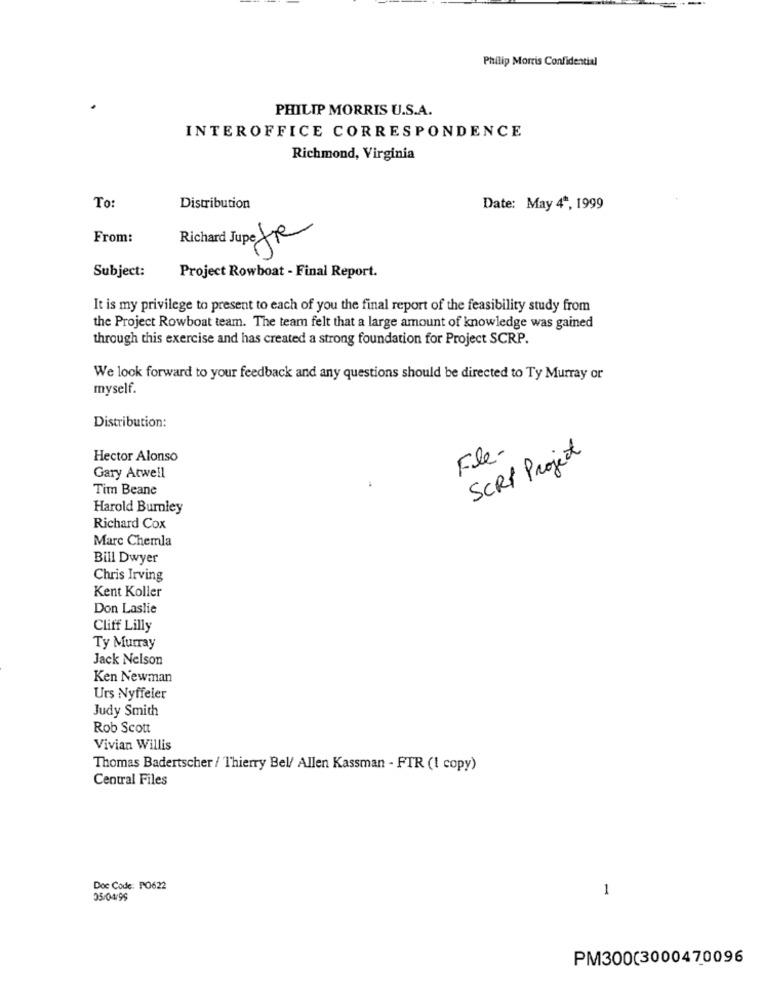
Philip Morris Confidential
PHILIP MORRIS U.S.A.
INTEROFFICE CORRESPONDENCE
Richmond, Virginia
To:
Distribution
Date: May 4ª, 1999
From:
Richard Jupe
Subject:
Project Rowboat - Final Report.
It is my privilege to present to each of you the final report of the feasibility study from
the Project Rowboat team. The team felt that a large amount of knowledge was gained
through this exercise and has created a strong foundation for Project SCRP.
We look forward to your feedback and any questions should be directed to Ty Murray or
myself.
Distribution:
Fle-
Hector Alonso
SCRI Project
Gary Atwell
Tim Beane
Harold Burnley
Richard Cox
Marc Chemla
Bill Dwyer
Chris Irving
Kent Koller
Don Laslie
Cliff Lilly
Ty Murray
Jack Nelson
Ken Newman
Urs Nyffeler
Judy Smith
Rob Scott
Vivian Willis
Thomas Badertscher / Thierry Bel/ Allen Kassman - FTR (I copy)
Central Files
Doc Code: PO622
1
05/04/99
PM300(3000470096